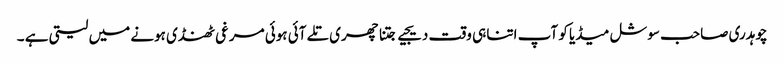
چوہدری صاحب سوشل میڈیا کو آپ اتنا ہی وقت دیجیے جتنا چھری تلے آئی ہوئی مرغی ٹھنڈی ہونے میں لیتی ہے ۔